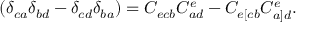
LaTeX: ( \delta _ { c a } \delta _ { b d } - \delta _ { c d } \delta _ { b a } ) = C _ { e c b } C _ { a d } ^ { e } - C _ { e [ c b } C _ { a ] d } ^ { e } .